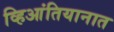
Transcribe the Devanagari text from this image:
व्हिआंतियानात